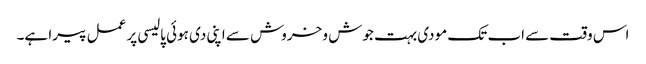
اس وقت سے اب تک مودی بہت جوش و خروش سے اپنی دی ہوئی پالیسی پر عمل پیرا ہے۔